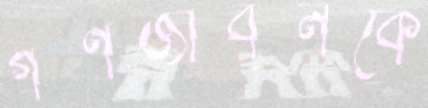
গণজীবনকে